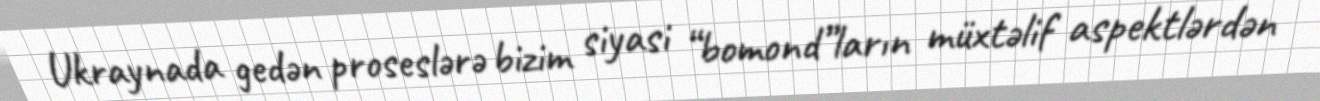
Ukraynada gedən proseslərə bizim siyasi “bomond”ların müxtəlif aspektlərdən